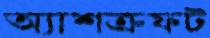
অ্যাশক্রফট